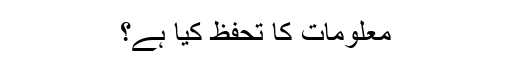
معلومات کا تحفظ کیا ہے؟